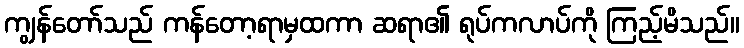
ကျွန်တော်သည် ကန်တော့ရာမှထကာ ဆရာ၏ ရုပ်ကလာပ်ကို ကြည့်မိသည်။